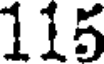
115